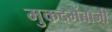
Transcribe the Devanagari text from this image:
मुकदमेंबाजी